Medical and sanitary report of the native army of Bengal for the year
Year: 1875
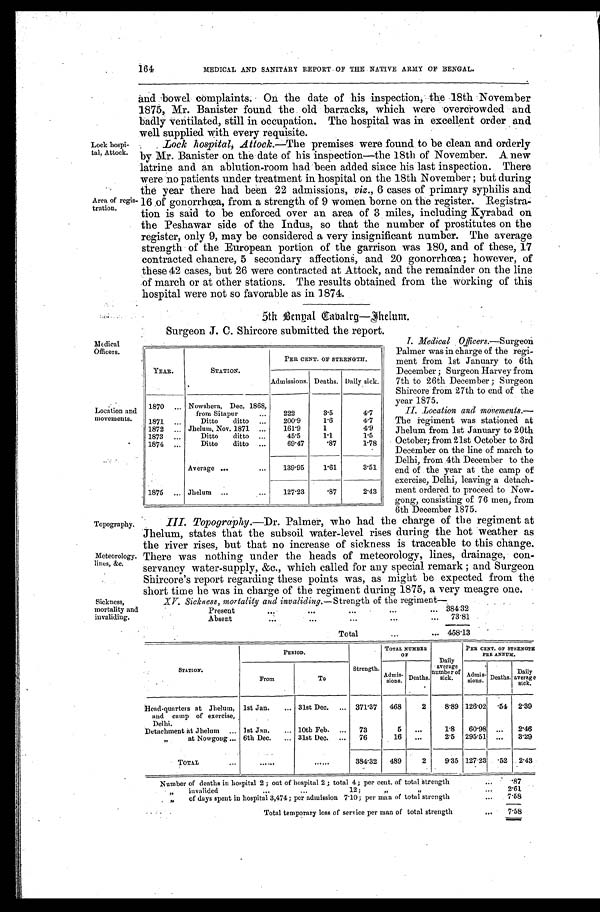
Topography.
Meteorology.
llines, &c.
III. Topography.— Dr. Palmer, who had the charge of the regiment at
Jhelum, states that the subsoil water-level rises during the hot weather as
the river rises, but that no increase of sickness is traceable to this change.
There was nothing under the heads of meteorology, lines, drainage, con-
servancy water-supply, &c., which called for any special remark ; and Surgeon
Shircore's report regarding these points was, as might be expected from the
short ti me he was in charge of the regiment during 1875, a very meagre one.
XV. Sickness, mortality and invaliding. —Strength of the regiment—
Present
... ... ... ... ...
384.32
Absent
... ... ... ... ...
73.81
Total
...
... 458.13
PERIOD.
TOTAL NUMBER
OF
D a i l y a v e r a g e n u m b e r o f s i c k .
PER CENT. OF STRENGTH
PER ANNUM.
STATION.
From
To
Strength.
A d m i s s i o n s . Deaths.
A d m i s s i o n s .
Deaths.
Daily
average
sick.
Head-quarters at Jhelum, 1st Jan.
... 31st Dec.
... 371.37
468
2
8.89 126.02
. 54 2.39
and camp of exercise,
Delhi.
Detachment A Jhelum ... 1st Jan.
...
10th Feb. ...
73
5
...
1.8
60.98 ...
2.46
"
at Nowgoug ... 6th Dec.
... 31st Dec. ...
76
16
...
2.5 295.51
...
3.29
T O T A L
... ... ... ... ...
384.32
489
2
9 . 3 5 127.23
. 5 2 2.43
Number of deaths in hospital 2; total 4; per cent of total strength
...
.87
''incalided
... ...
12;
''
''
...
2.61
'' of days spent in hospital 3,474; per admission 7.10; per man of total strength
...
7.58
Total temporary loss of service per man of total strength
...
7.58
164
MEDICAL AND SANITARY REPORT OF THE NATIVE ARMY OF BENGAL.
Lock hospi-
tal, Attock.
Area of regis-
tration.
and bowel complaints. On the date of his inspection, the 18th November
1875, Mr. Banister found the old barracks, which were overcrowded and
badly ventilated, still in occupation. The hospital was in excellent order and
well supplied with every requisite.
Lock hospital, Attock .—The premises were found to be clean and orderly
by Mr. Banister on the date of his inspection—the 18th of November. A new
latrine and an ablution-room had been added since his last inspection. There
were no patients under treatment in hospital on the 18th November ; but during
the year there had been 22 admissions, viz., 6 cases of primary syphilis and
16 of gonorrhoea, from a strength of 9 women borne on the register.
R e g i s t r a t i o n i s s a i d t o b e e n f o r c e d o v e r a n a r e a o f 3 m i l e s , i n c l u d i n g K y r a b a d o n
the Peshawar side of the Indus, so that the number of prostitutes on the
register, only 9, may be considered a very insignificant number. The average
strength of the European portion of the garrison was 180, and of these, 17
contracted chancre, 5 secondary affections, and 20 gonorrhœa; however, of
these 42 cases, but 26 were contracted at Attock, and the remainder on the line
of march or at other stations. The results obtained from the working of this
hospital were not so favorable as in 1874.
5th Bengal Cabalrg— Thelum.
Medical
Officers.
Location and
movements.
Sickness,
mortality and
invaliding.
Surgeon J. C. Shircore submitted the report.
YEAR.
STATION.
PER CENT. OF STRENGTH.
Admissions. Deaths. Daily sick.
1870 ... Nowshera, Dec. 1868,
from Sitapur
...
222
3.5
4.7
1871 ...
Ditto
ditto ...
200.9
1.6
4.7
1872 ... Jhelum, Nov. 1871 ...
161.9
1
4.9
1873 ...
Ditto
ditto ...
45.5
1.1
1.5
1874 ...
Ditto
ditto ...
69.47
. 8 7
1.78
Average ...
...
139.95
1 . 6 1
3 . 5 1
1875 ... Jhelum ...
...
127.23
. 8 7
2.43
I. Medical 0fficers.—Surgeon
Palmer was in charge of the regi-
ment from 1st January to 6th
December ; Surgeon Harvey from
7th to 26th December ; Surgeon
Shircore from 27th to end of the
year 1875.
II. Location and movements.—
The regiment was stationed at
Jhelum from1st January to 20th
October; from 21st October to 3rd
December on the line of march to
Delhi, from 4th December to the
end of the year at the camp of
exercise, Delhi, leaving a detach-
ment ordered to proceed to Now-
gong,consisting of 76 men, from
6th December 1875. 875.